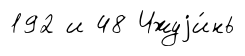
192 и 48 Чжуjи́нь